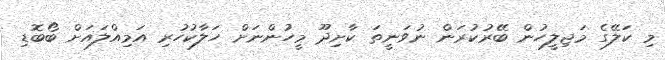
މި ކަލޭގެ މަޖިލީހުން ބޭރުކުރަން ނުވަނީތަ ކާށިދޫ މީހުންނަށް ހަލާކުހުރި އަމިއްލައަށް ބޯބޮޑި